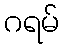
ဂရမ်